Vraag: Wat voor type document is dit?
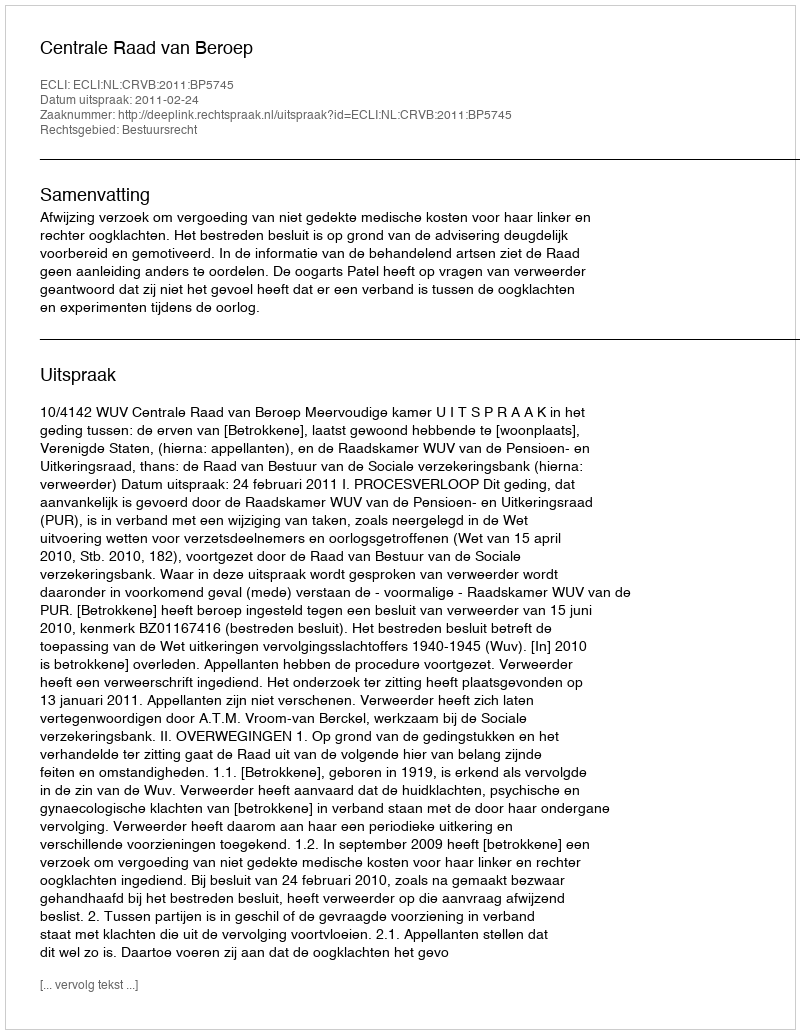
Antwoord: Uitspraak